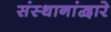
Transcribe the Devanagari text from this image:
संस्थानांद्वारे